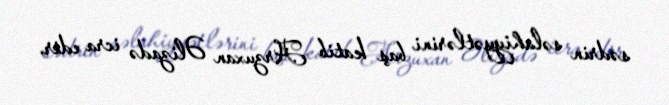
sədrin səlahiyyətlərini baş katib Arzuxan Əlizadə icra edir.